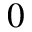
^ 0